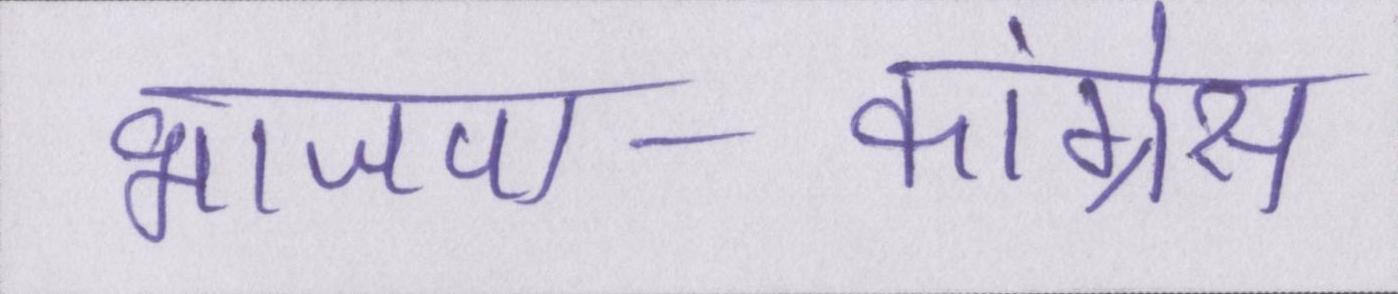
भाजपा-कांग्रेस